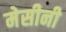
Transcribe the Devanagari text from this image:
मेसीनी